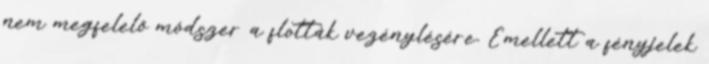
nem megfelelő módszer a flották vezénylésére. Emellett a fényjelek